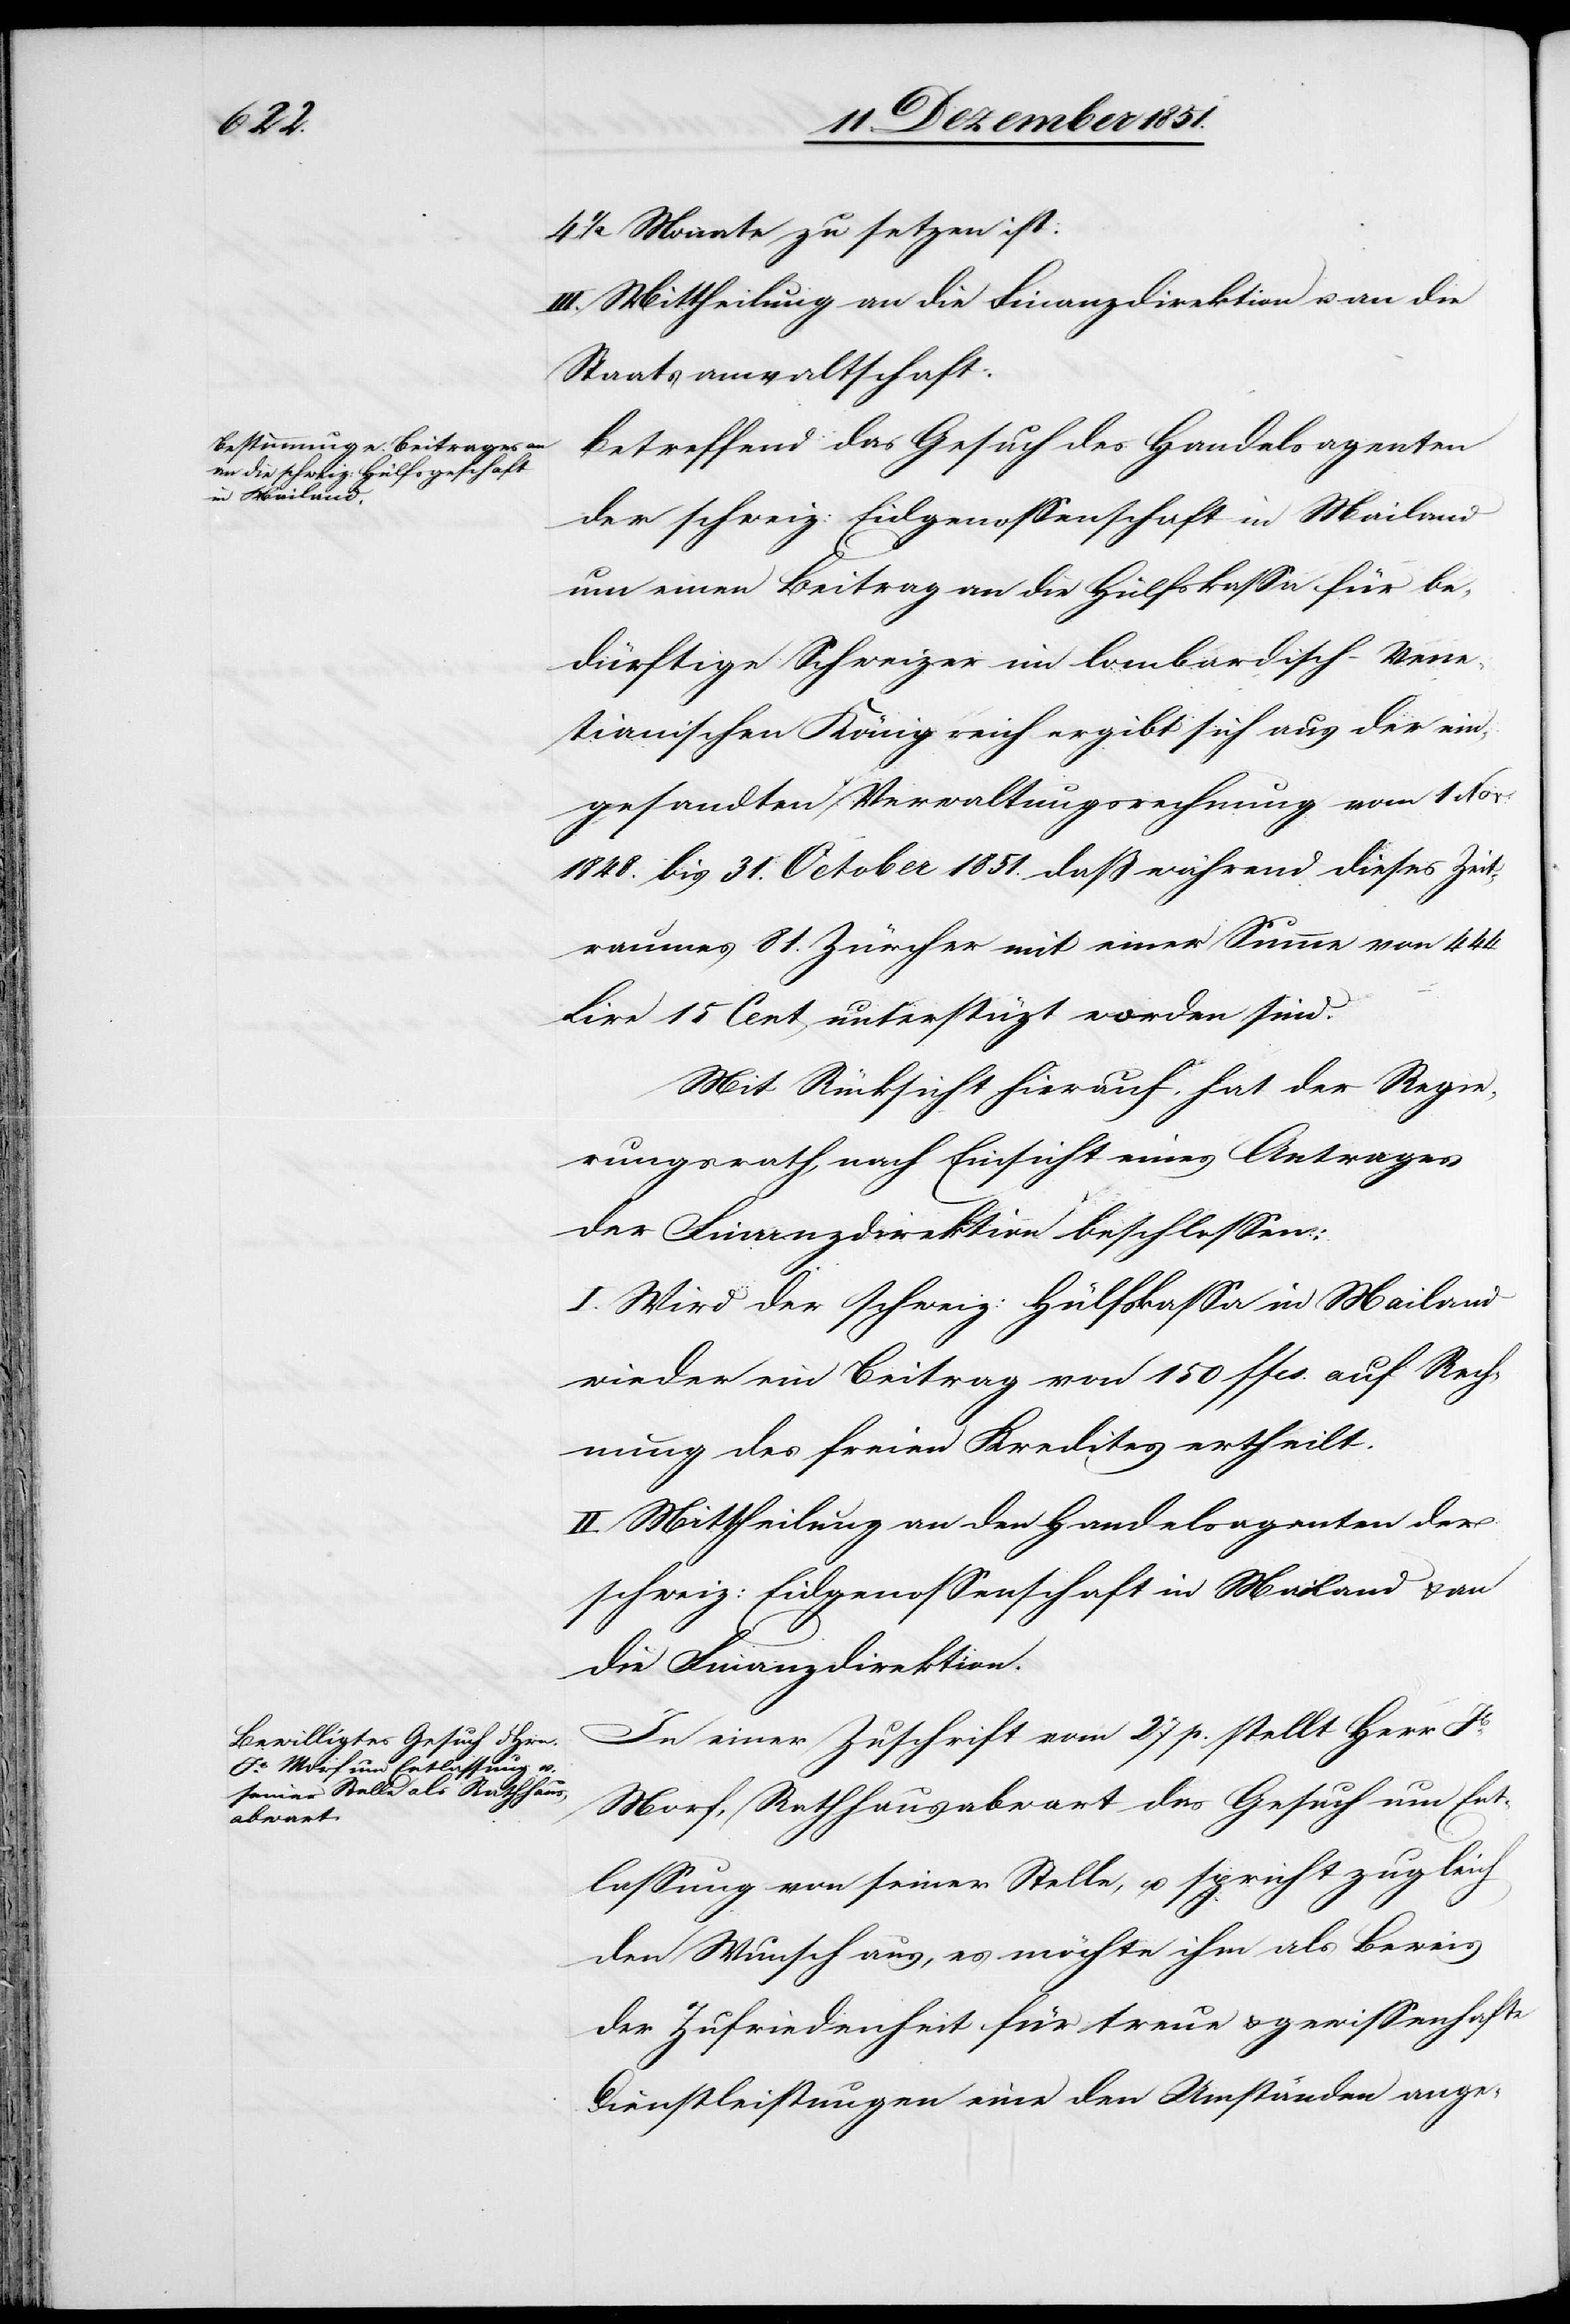
4 1/2 Monate zu setzen ist:
III. Mittheilung an die Finanzdirektion u. an die
Staatsanwaltschaft.
Betreffend das Gesuch des Handelsagenten
der schweiz: Eidgenossenschaft in Mailand
um einen Beitrag an die Hülfskassa für be¬
dürftige Schweizer im lombardisch-vene¬
tianischen Königreich ergibt sich aus der ein¬
gesandten Verwaltungsrechnung vom 1 Nov:
1848. bis 31. October 1851. daß während dieses Zeit¬
raumes 81. Zürcher mit einer Summe von 444
Lire 15 Cent unterstü[t]zt worden sind.
Mit Rücksicht hierauf, hat der Regie¬
rungsrath, nach Einsicht eines Antrages
der Finanzdirektion beschlossen:
I. Wird der schweiz: Hülfskassa in Mailand
wieder ein Beitrag von 150 ffcs. auf Rech¬
nung des freien Kredites ertheilt.
II. Mittheilung an den Handelsagenten der
schweiz: Eidgenossenschaft in Mailand & an
die Finanzdirektion.
In einer Zuschrift vom 27 p. stellt Herr Jb.
Morf, Rathhausabwart das Gesuch um Ent¬
lassung von seiner Stelle, u. spricht zugleich
den Wunsch aus, es möchte ihm als Beweis
der Zufriedenheit für treue & gewissenhafte
Dienstleistungen eine den Umständen ange-